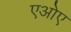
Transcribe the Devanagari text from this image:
एओए